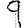
Digit: 9